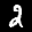
Label: 2